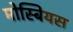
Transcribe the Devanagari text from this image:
मोस्बियस